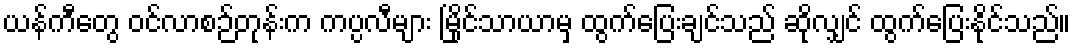
ယန်ကီတွေ ဝင်လာစဉ်တုန်းက ကပ္ပလီများ မြိုင်သာယာမှ ထွက်ပြေးချင်သည် ဆိုလျှင် ထွက်ပြေးနိုင်သည်။